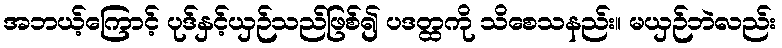
အဘယ့်ကြောင့် ပုဒ်နှင့်ယှဉ်သည်ဖြစ်၍ ပဒတ္ထကို သိစေသနည်း။ မယှဉ်ဘဲလည်း